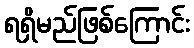
ရရှိမည်ဖြစ်ကြောင်း